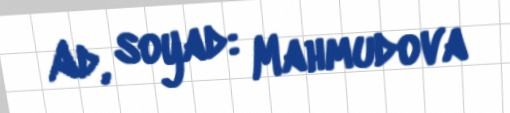
Ad, soyad: Mahmudova